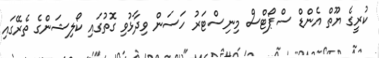
ކުރީގެ ޔޫތް އެންޑް ސްޕޯޓްސް މިނިސްޓަރު ހަސަން ވިދާޅުވި ގޮތުގައި ކޯލިޝަންގެ ތެރޭގައި